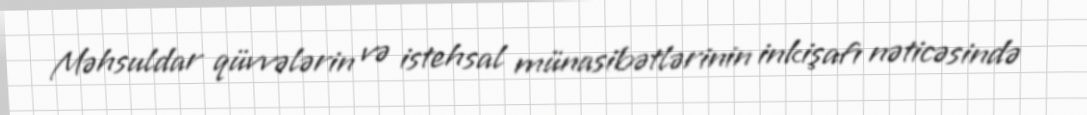
Məhsuldar qüvvələrin və istehsal münasibətlərinin inkişafı nəticəsində